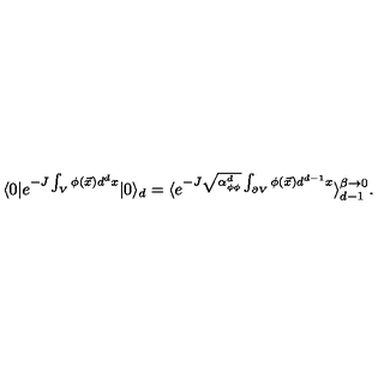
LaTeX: \langle 0 | e ^ { - J \int _ { V } \phi ( \vec { x } ) d ^ { d } x } | 0 \rangle _ { d } = \langle e ^ { - J \sqrt { \alpha _ { \phi \phi } ^ { d } } \int _ { \partial V } \phi ( \vec { x } ) d ^ { d - 1 } x } \rangle _ { d - 1 } ^ { \beta \to 0 } .